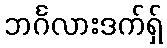
ဘင်္ဂလားဒက်ရှ်